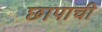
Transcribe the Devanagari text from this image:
छापाची